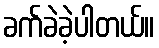
ခက်ခဲခဲ့ပါတယ်။